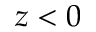
z < 0